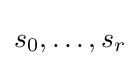
s_{0},\dots ,s_{r}